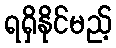
ရရှိနိုင်မည့်